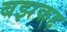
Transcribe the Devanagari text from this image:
बझकद्द